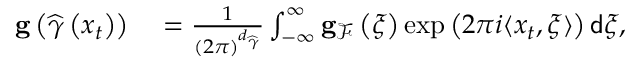
\begin{array} { r l } { \mathbf { g } \left( \widehat { \gamma } \left( x _ { t } \right) \right) } & { { } = \frac { 1 } { \left( 2 \pi \right) ^ { d _ { \widehat { \gamma } } } } \int _ { - \infty } ^ { \infty } \mathbf { g } _ { \mathcal { F } } \left( \xi \right) \exp \left( 2 \pi i \langle x _ { t } , \xi \rangle \right) \mathsf { d } \xi , } \end{array}